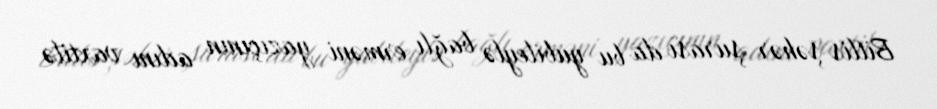
Bitlis şəhər şurası da bu yubileylə bağlı erməni yazıçının adını vaxtilə